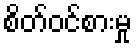
စိတ်ဝင်စားမှု